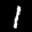
Label: 1